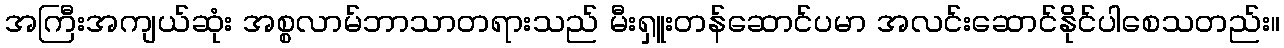
အကြီးအကျယ်ဆုံး အစ္စလာမ်ဘာသာတရားသည် မီးရှူးတန်ဆောင်ပမာ အလင်းဆောင်နိုင်ပါစေသတည်း။